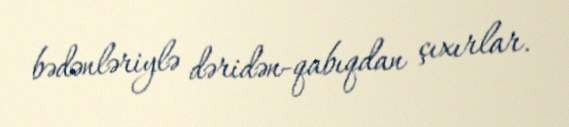
bədənləriylə dəridən-qabıqdan çıxırlar.